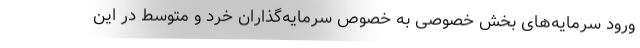
ورود سرمایه‌های بخش خصوصی به خصوص سرمایه‌گذاران خرد و متوسط در این